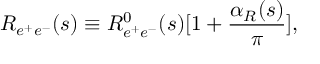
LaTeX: R _ { e ^ { + } e ^ { - } } ( s ) \equiv R _ { e ^ { + } e ^ { - } } ^ { 0 } ( s ) [ 1 + { \frac { \alpha _ { R } ( s ) } { \pi } } ] ,